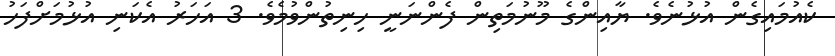
ކެއުމައިގެން އުޅުނެވެ. ޔާއިންގެ މޫނުމަތިން ފެންނަނީ ހިނިތުންވުމެވެ. 3 އަހަރު އެކަނި އުޅުމަށްފަހު